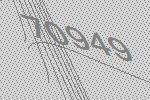
70949